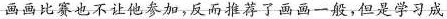
画画比赛也不让他参加，反而推荐了画画一般，但是学习成